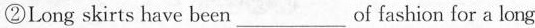
②Long skirts have been___of fashion for a long